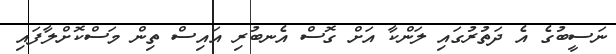
ނަސީބުގެ އެ ދަތުރުގައި ލަންކާ އަށް ގޮސް އެނބުރި އައިސް ތިން މަސްކޮށްލާފައި